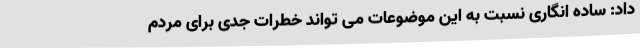
داد: ساده انگاری نسبت به این موضوعات می تواند خطرات جدی برای مردم